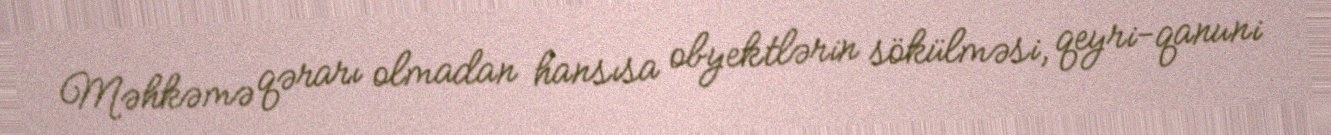
Məhkəmə qərarı olmadan hansısa obyektlərin sökülməsi, qeyri-qanuni